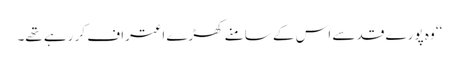
‘‘ وہ پورے قد سے اس کے سامنے کھڑے اعتراف کر رہے تھے۔